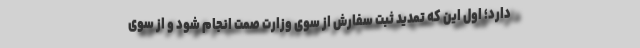
دارد؛ اول این که تمدید ثبت سفارش از سوی وزارت صمت انجام شود و از سوی